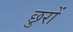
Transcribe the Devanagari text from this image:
छुरों